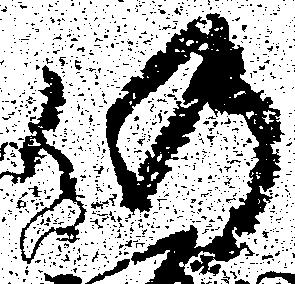
仍